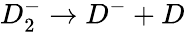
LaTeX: D_{2}^{-}\rightarrow D^{-}+D